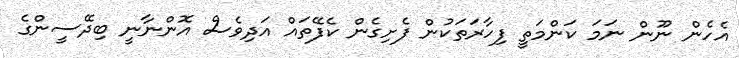
އެހެން ނޫން ނަމަ ކަންމަތީ ފިހާރަތަކުން ފެށިގެން ކެފޭތައް އަދިވެސް އޮންނާނީ ބިދޭސީންގެ